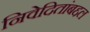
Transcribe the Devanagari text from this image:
निवेदितांबद्दल